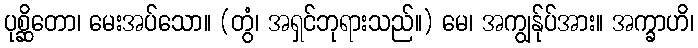
ပုစ္ဆိတော၊ မေးအပ်သော။ (တွံ၊ အရှင်ဘုရားသည်။) မေ၊ အကျွန်ုပ်အား။ အက္ခာဟိ၊